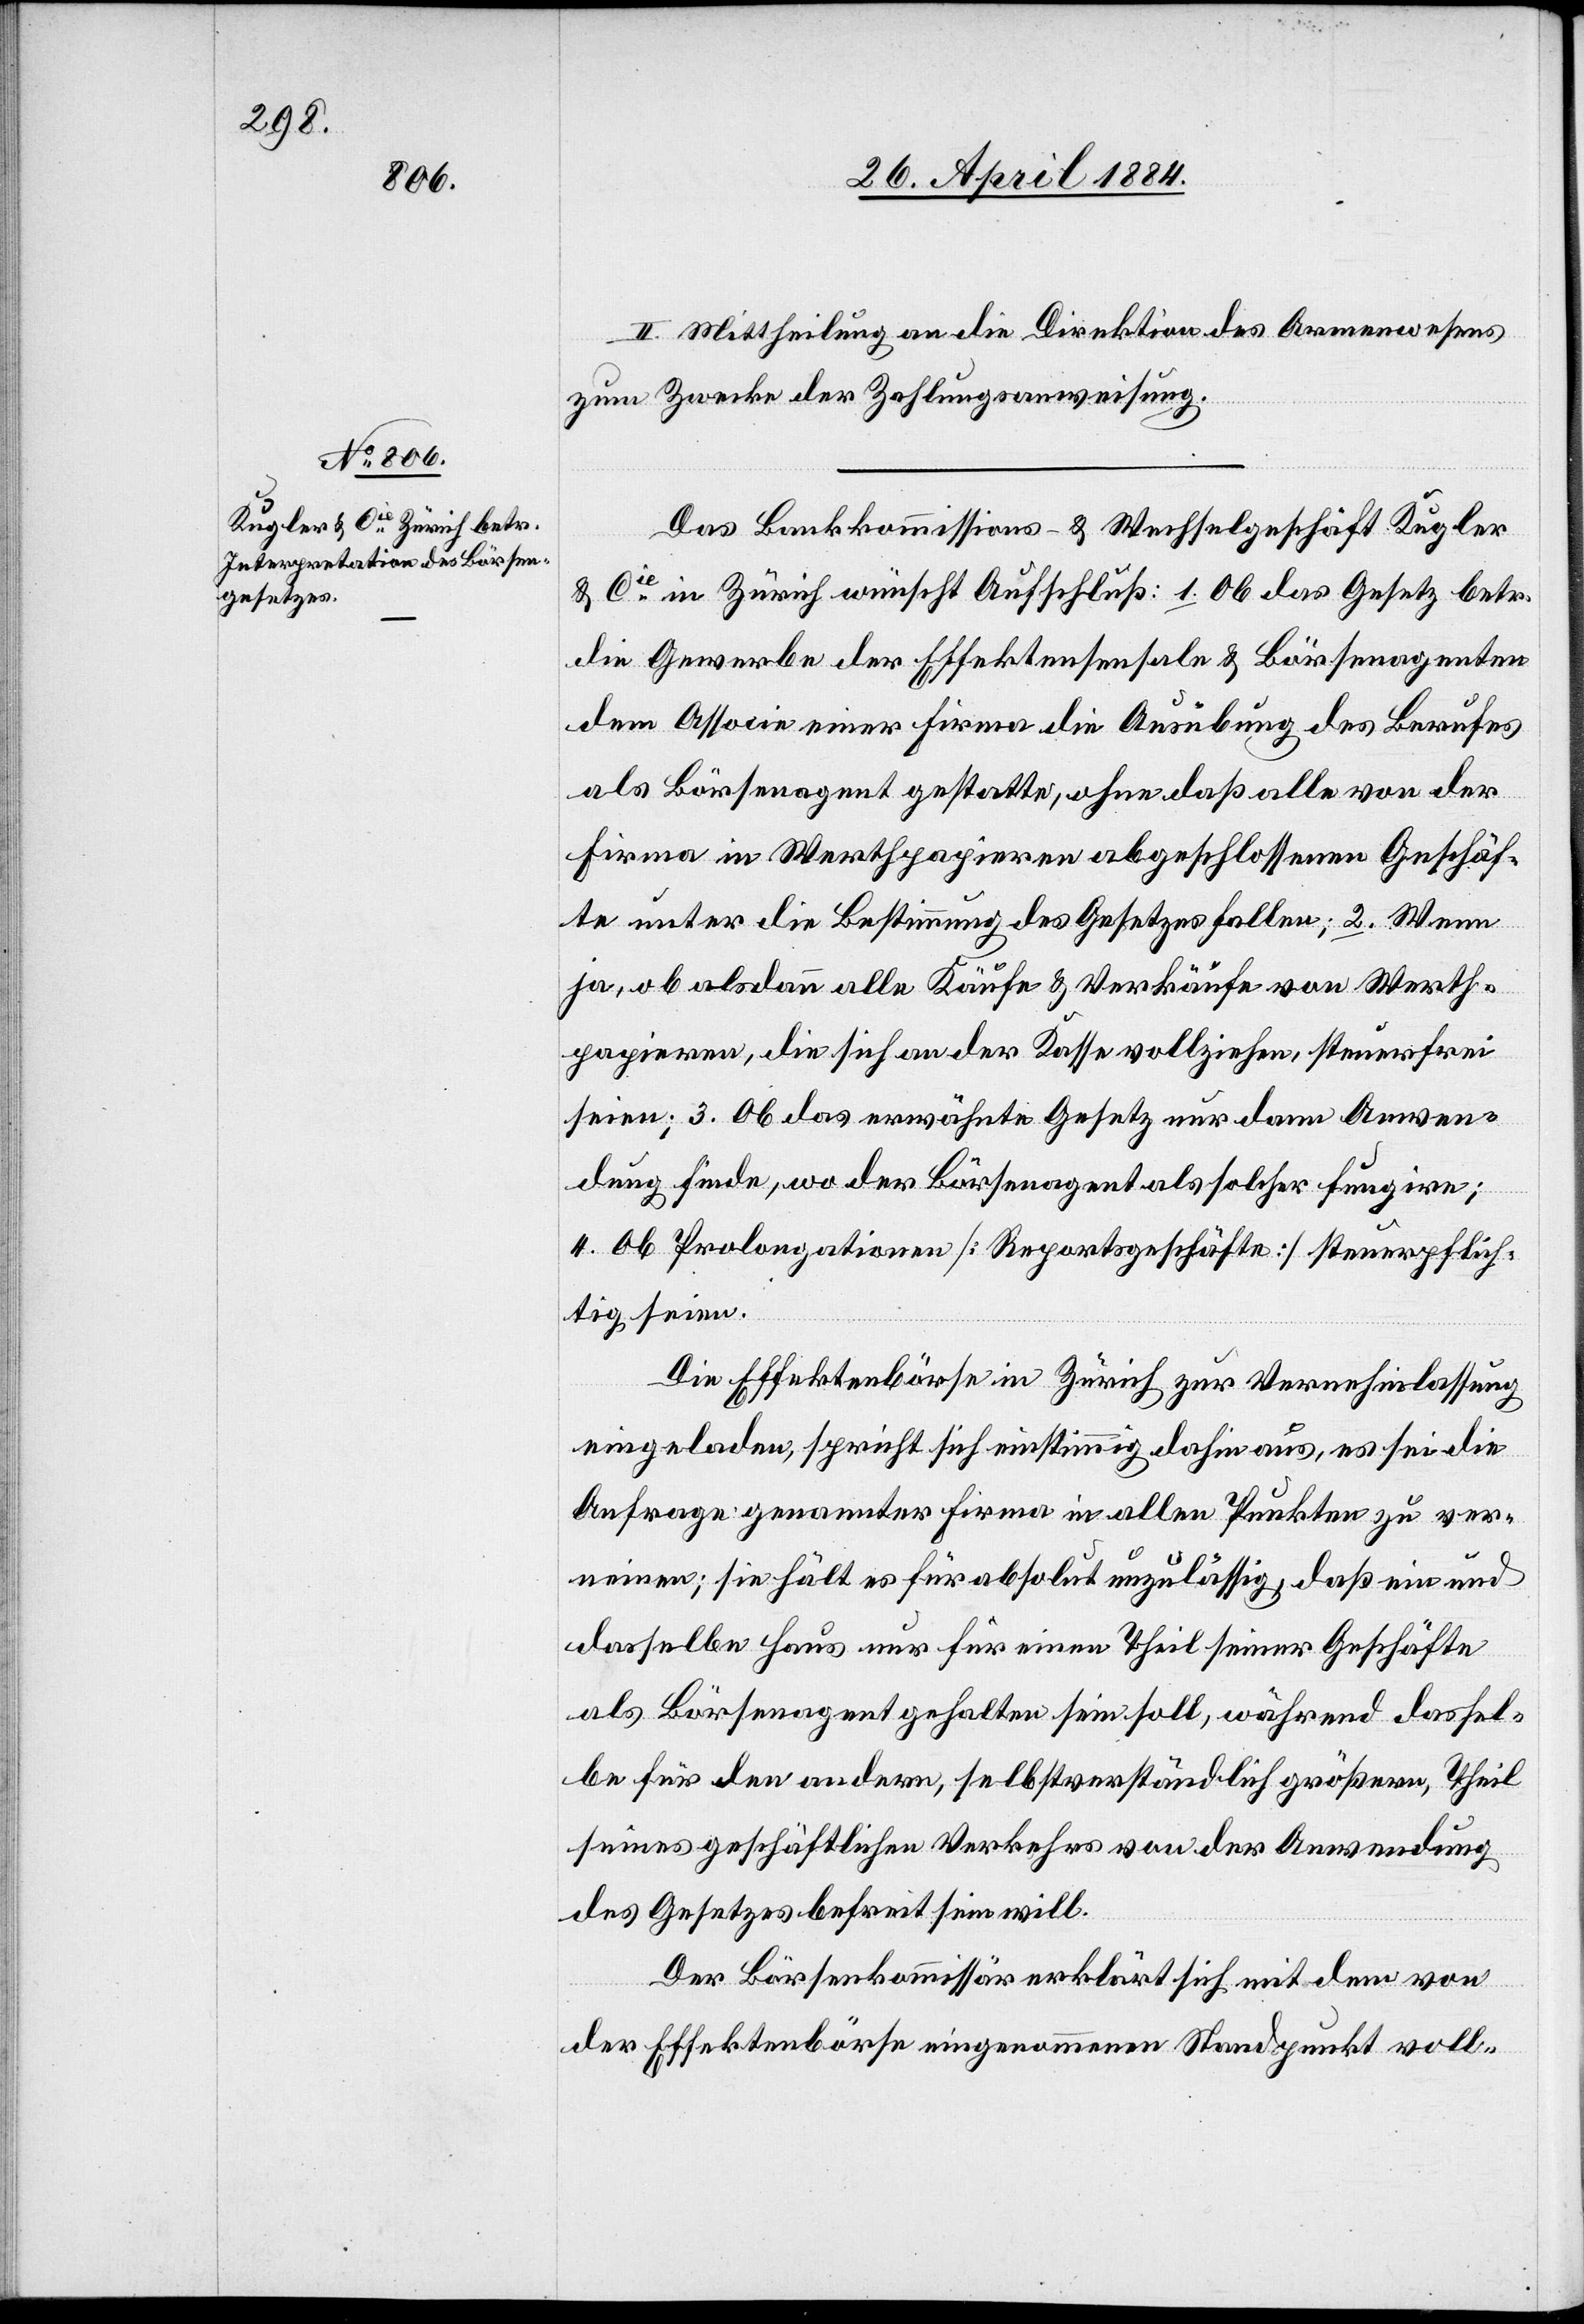
II. Mittheilung an die Direktion des Armenwesens
zum Zwecke der Zahlungsanweisung.
Das Bankkommissions- & Wechselgeschäft Kugler
& Cie in Zürich wünscht Aufschluß: 1. Ob das Gesetz betr.
die Gewerbe der Effektensensale & Börsenagenten
dem Associe einer Firma die Ausübung des Berufes
als Börsenagent gestatte, ohne daß alle von der
Firma in Werthpapieren abgeschlossenen Geschäf¬
te unter die Bestimmung des Gesetzes fallen; 2. Wenn
ja, ob alsdann alle Käufe & Verkäufe von Werth¬
papieren, die sich an der Kasse vollziehen, steuerfrei
seien; 3. Ob das erwähnte Gesetz nur dann Anwen¬
dung finde, wo der Börsenagent als solcher fungire;
4. Ob Prolongationen [Reportsgeschäfte] steuerpflich¬
tig seien.
Die Effektenbörse in Zürich zur Vernehmlassung
eingeladen, spricht sich einstimmig dahin aus, es sei die
Anfrage genannter Firma in allen Punkten zu ver¬
neinen; sie hält es für absolut unzulässig, daß ein und
dasselbe Haus nur für einen Theil seiner Geschäfte
als Börsenagent gehalten sein soll, während dassel¬
be für den andern, selbstverständlich größern, Theil
seines geschäftlichen Verkehrs von der Anwendung
des Gesetzes befreit sein will.
Der Börsenkommissär erklärt sich mit dem von
der Effektenbörse eingenommenen Standpunkt voll-